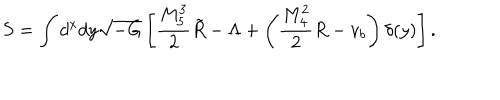
LaTeX: S = \int d ^ { x } d y \sqrt { - G } \left[ \frac { M _ { 5 } ^ { 3 } } { 2 } \tilde { R } - \Lambda + \left( \frac { M _ { 4 } ^ { 2 } } { 2 } R - v _ { b } \right) \delta ( y ) \right] .